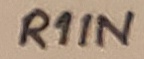
Text: R1IN